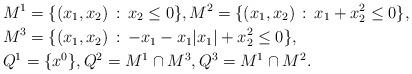
LaTeX: \begin{align*}&M^1=\{(x_1, x_2)\,:\, x_2\leq 0\}, M^2=\{(x_1, x_2)\,:\, x_1+x_2^2\leq 0\}, \\&M^3=\{(x_1, x_2)\,:\, -x_1-x_1|x_1|+x_2^2\leq 0\},\\&Q^1=\{x^0\}, Q^2=M^1\cap M^3, Q^3=M^1\cap M^2.\end{align*}